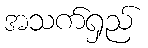
အသက်ရှည်